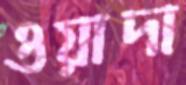
ওয়াদা